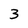
Character: 3